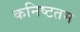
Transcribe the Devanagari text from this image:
कनिष्टतम